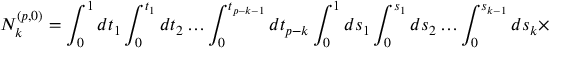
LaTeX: N _ { k } ^ { ( p , 0 ) } = \int _ { 0 } ^ { 1 } d t _ { 1 } \int _ { 0 } ^ { t _ { 1 } } d t _ { 2 } \ldots \int _ { 0 } ^ { t _ { p - k - 1 } } d t _ { p - k } \int _ { 0 } ^ { 1 } d s _ { 1 } \int _ { 0 } ^ { s _ { 1 } } d s _ { 2 } \ldots \int _ { 0 } ^ { s _ { k - 1 } } d s _ { k } \times